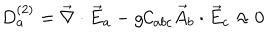
LaTeX: D _ { a } ^ { ( 2 ) } = \vec { \nabla } \cdot \vec { E } _ { a } - g { \cal C } _ { a b c } \vec { A } _ { b } \cdot \vec { E } _ { c } \approx 0